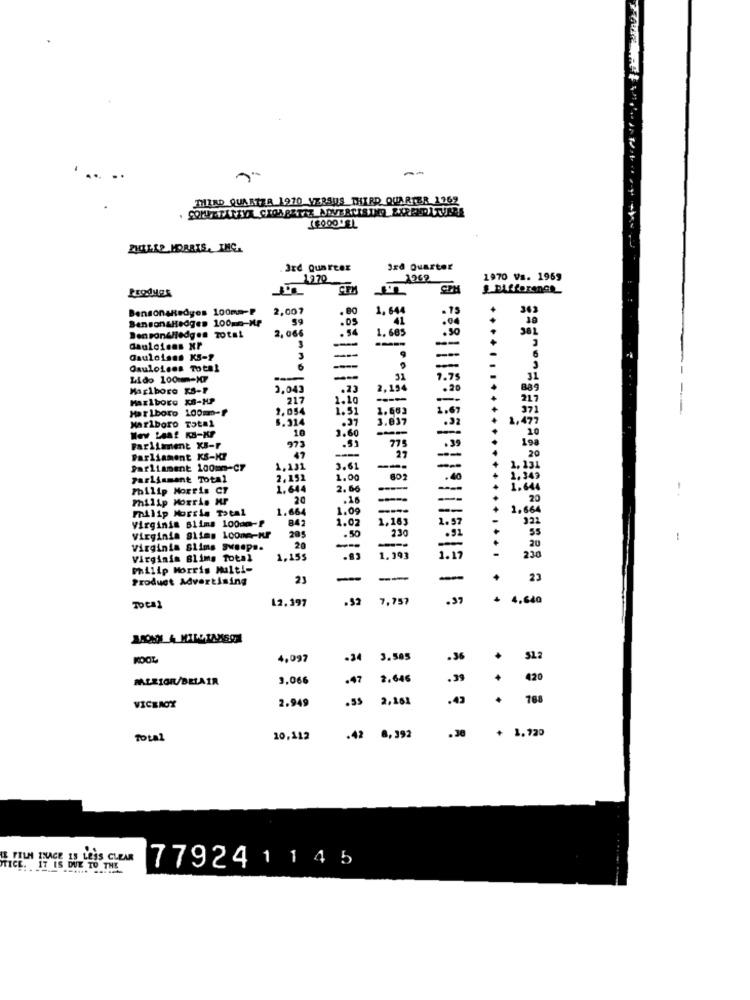
THIRD QUARTER 1970 VERSUS THIRD QUARTER 1262
3rd Quarter
3rd Quarter
1370
1262
1970 Vs. 1959
Prodyes
Difference
BensonaRedyes 100mm-P
2,007
.80
1. 644
BensonaHedges 100mo-Mr
.05
41
2,066
.54
1.665
Benson&Hedges Total
3
-
-
Gauloisns xP
Gauloisns X5-2
3
9
--
Osuloises Total
-
-
Lido 100 m-XF
31
1.7
Marlboro FS-1
2.043
.23
2,194
.20
889
Marlboro X8-HP
217
1.10
----
-
215
Marlboro 100m-f
1.054
1.31
1.663
37
6.314
.37
3.837
Marlboro Total
Wow Laat KS-KP
10
3.60
---
1,47
775
Farliment KB-F
972
.35
Parliament KS-KI
47
Parliament 100mm-CF
1.131
3.61
---
--
Parliament Total
2,152
1.00
.40
Philip Morris CT
1.644
2.60
Philip Morris MP
20
.16
20
Filip Morris Total
1.664
1.09
-
1,664
842
1.02
1.163
2.97
Virginia Blims 100cm-P
205
.50
230
322
Virginia giimg Loone-Kr
Virginia Slims Sweeps.
20
-
---
20
Virginia Blims Total
1,155
1. 193
1.17
230
Philip Morris Multi-
Product Advertising
23
----
-
+
23
12.397
7.757
.37
+ 4,640
Total
4,097
-34
3.505
.36
.
512
RALEIGH/BELAIR
3,066
.47
2.646
.39
420
2.949
.55 2,161
.43
768
VICEROY
.30
+ 1.720
Total
10,112
.42 8,392
LE FILM INAGE 13 LESS CLEAR
HICE. IT IS DUE TO THE
7792411 4 5